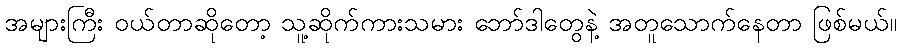
အများကြီး ဝယ်တာဆိုတော့ သူ့ဆိုက်ကားသမား ဘော်ဒါတွေနဲ့ အတူသောက်နေတာ ဖြစ်မယ်။